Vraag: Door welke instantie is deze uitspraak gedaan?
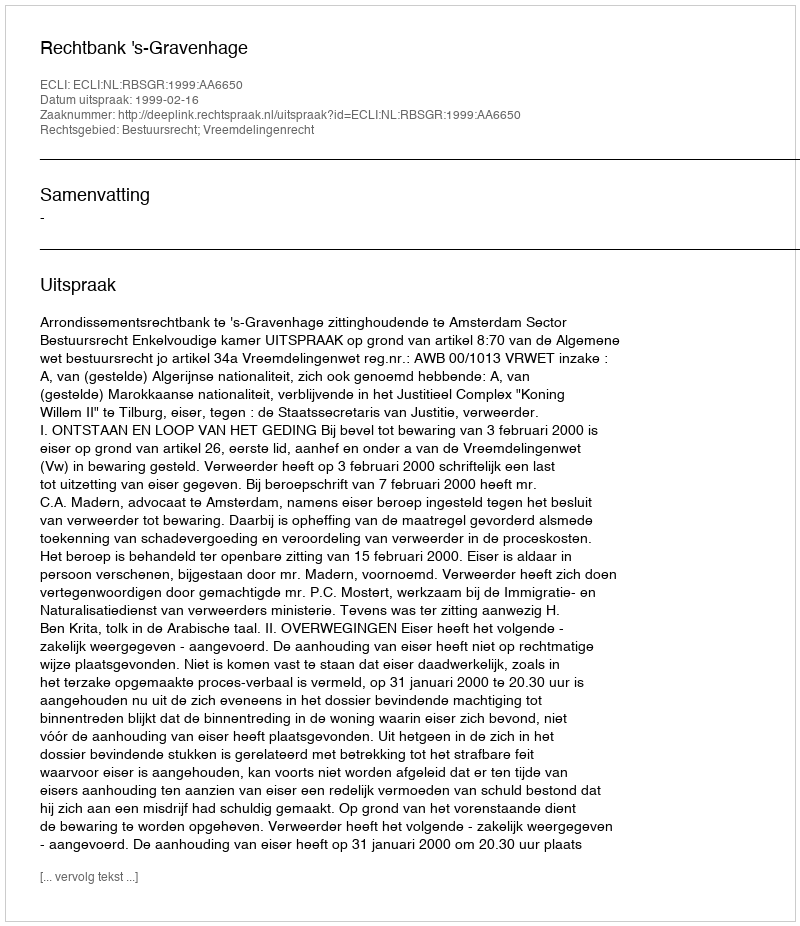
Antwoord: Rechtbank 's-Gravenhage